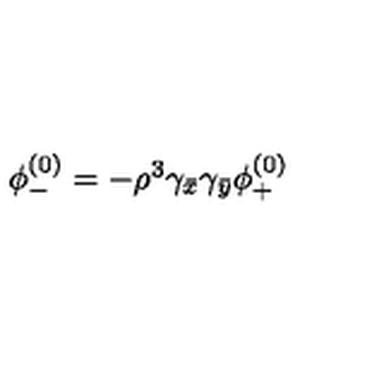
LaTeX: \begin{array} { c } { \phi _ { - } ^ { ( 0 ) } = - \rho ^ { 3 } \gamma _ { \bar { x } } \gamma _ { \bar { y } } \phi _ { + } ^ { ( 0 ) } } \\ \end{array}